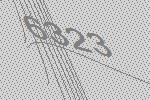
6323